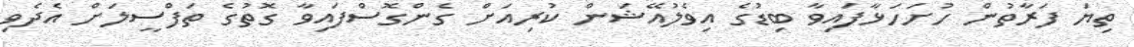
ތިޔަ ފަރާތުން ހުށަހަޅާފައިވާ ބިޑުގެ އިވެލުއޭޝަން ކުރިއަށް ގެންގޮސްފައިވާ ގޮތުގެ ތަފްސީލަށް އެދެވި